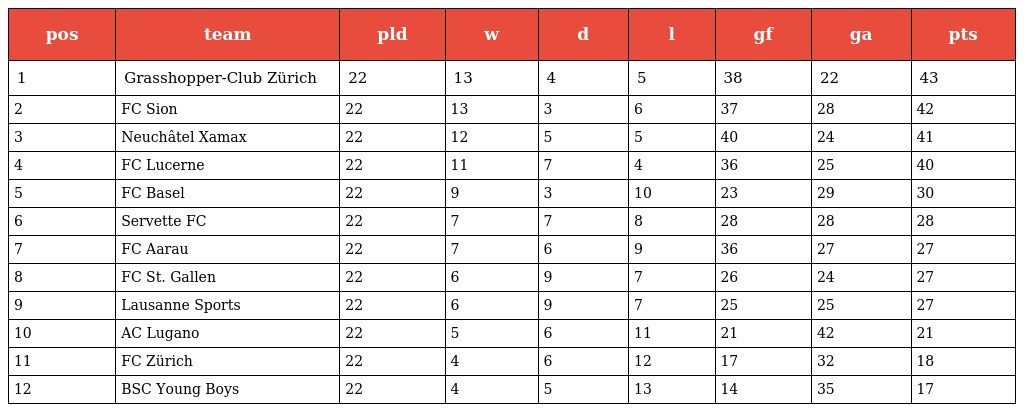
| pos | team | pld | w | d | l | gf | ga | pts |
 | --- | --- | --- | --- | --- | --- | --- | --- | --- |
 | 1 | Grasshopper-Club Zürich | 22 | 13 | 4 | 5 | 38 | 22 | 43 |
 | 2 | FC Sion | 22 | 13 | 3 | 6 | 37 | 28 | 42 |
 | 3 | Neuchâtel Xamax | 22 | 12 | 5 | 5 | 40 | 24 | 41 |
 | 4 | FC Lucerne | 22 | 11 | 7 | 4 | 36 | 25 | 40 |
 | 5 | FC Basel | 22 | 9 | 3 | 10 | 23 | 29 | 30 |
 | 6 | Servette FC | 22 | 7 | 7 | 8 | 28 | 28 | 28 |
 | 7 | FC Aarau | 22 | 7 | 6 | 9 | 36 | 27 | 27 |
 | 8 | FC St. Gallen | 22 | 6 | 9 | 7 | 26 | 24 | 27 |
 | 9 | Lausanne Sports | 22 | 6 | 9 | 7 | 25 | 25 | 27 |
 | 10 | AC Lugano | 22 | 5 | 6 | 11 | 21 | 42 | 21 |
 | 11 | FC Zürich | 22 | 4 | 6 | 12 | 17 | 32 | 18 |
 | 12 | BSC Young Boys | 22 | 4 | 5 | 13 | 14 | 35 | 17 |